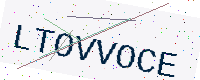
Text: LTOVVOCE